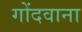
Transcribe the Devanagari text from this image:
गोंदवाना